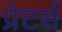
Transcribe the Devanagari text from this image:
प्रेटर्स